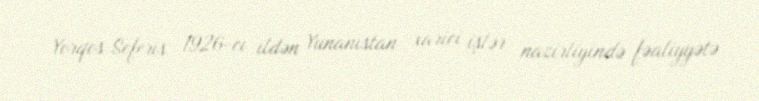
Yorqos Seferis 1926-cı ildən Yunanıstan xarici işlər nazirliyində fəaliyyətə